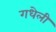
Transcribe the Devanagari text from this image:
गधेली